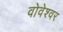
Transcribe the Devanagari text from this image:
वोवेश्वर